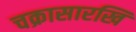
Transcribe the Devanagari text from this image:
चक्रासारखि